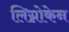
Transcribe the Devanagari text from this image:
लिग्नोकेन